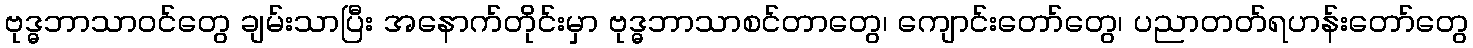
ဗုဒ္ဓဘာသာဝင်တွေ ချမ်းသာပြီး အနောက်တိုင်းမှာ ဗုဒ္ဓဘာသာစင်တာတွေ၊ ကျောင်းတော်တွေ၊ ပညာတတ်ရဟန်းတော်တွေ